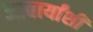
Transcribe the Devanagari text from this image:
आचार्यांशी